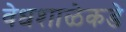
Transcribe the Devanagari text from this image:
वेधशाळेकडे